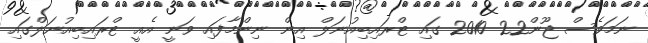
ނަމަވެސް ޖޫން22 2010 ގައި ޓްރައިބިއުނަލް އިން ނިންމާފައި ވަނީ އެއީ ޓްރައިބިއުނަލްގައި